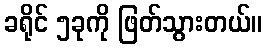
ခရိုင် ၅ခုကို ဖြတ်သွားတယ်။